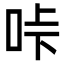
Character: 𠱚